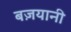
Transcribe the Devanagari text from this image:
बज़यानी